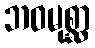
ဘဝမုစ္ဆာ